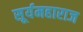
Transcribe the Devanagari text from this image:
सूर्यमहाराज